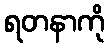
ရတနာကို